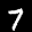
Label: 7